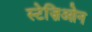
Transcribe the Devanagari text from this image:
स्टेज़िओन